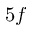
5 f